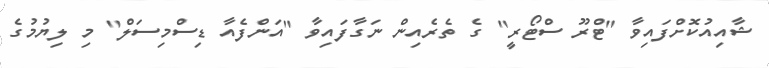
ޝާއިއުކޮށްފައިވާ "ޓްރޫ ސްޓޯރީ" ގެ ތެރެއިން ނަގާފައިވާ "އަންފެއާ ޑިސްމިސަލް" މި ލިޔުމުގެ